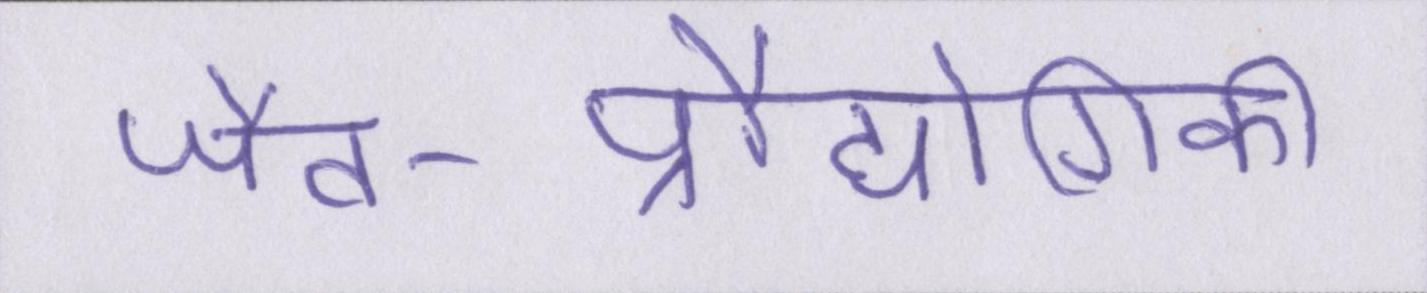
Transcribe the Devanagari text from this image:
जैव-प्रौद्योगिकी